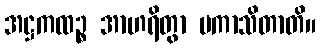
အဋ္ဌကထဉ္စ အာဟရိတွာ ပကာသိတာတိ။